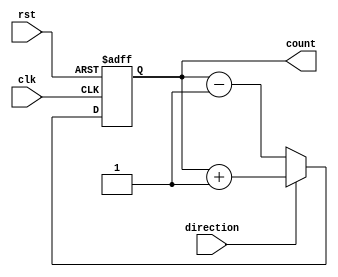
module johnson_counter(
    input clk,
    input rst,
    input direction,
    output reg [3:0] count
);

always @(posedge clk or posedge rst) begin
    if (rst) begin
        count <= 4'b0000;
    end else begin
        if (direction) begin
            count <= count + 1;
        end else begin
            count <= count - 1;
        end
    end
end

endmodule